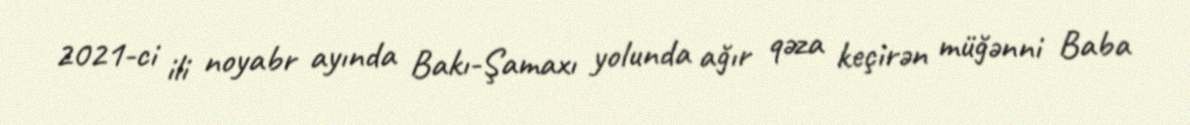
2021-ci ili noyabr ayında Bakı-Şamaxı yolunda ağır qəza keçirən müğənni Baba